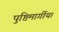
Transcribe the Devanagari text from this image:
पुष्टिमार्गीय।